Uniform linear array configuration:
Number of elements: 4
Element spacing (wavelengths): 0.75
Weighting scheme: blackman
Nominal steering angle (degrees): -60
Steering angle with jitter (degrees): -59.456
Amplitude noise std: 0.05
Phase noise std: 0.05

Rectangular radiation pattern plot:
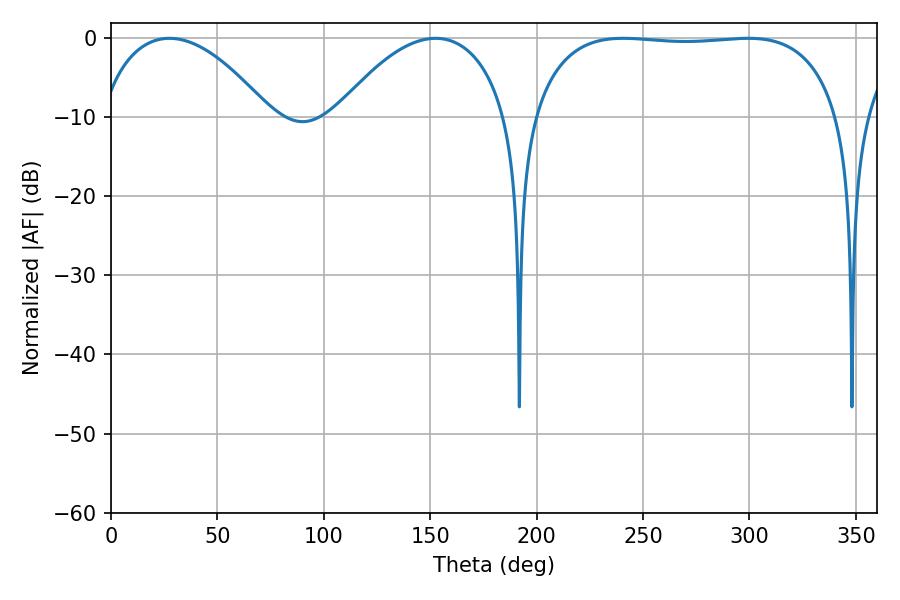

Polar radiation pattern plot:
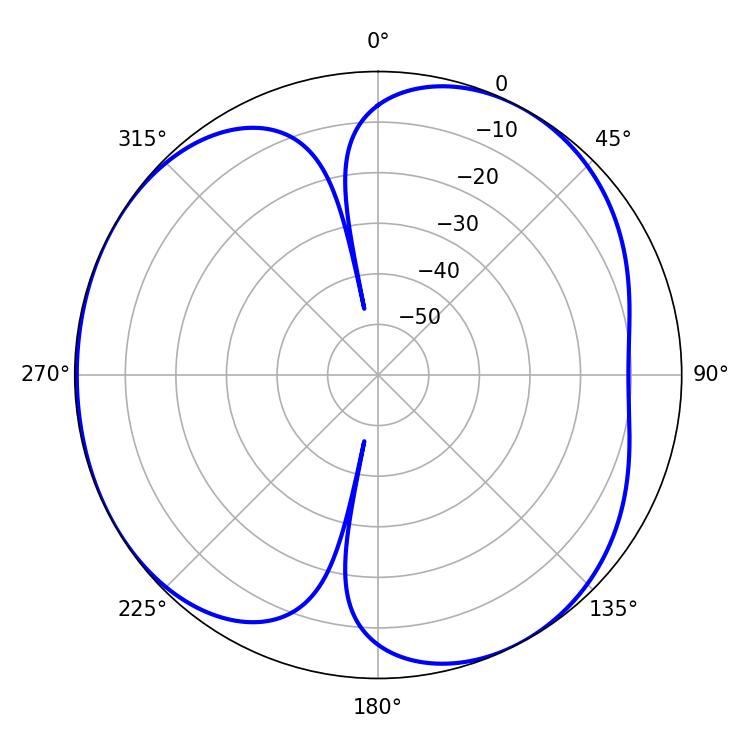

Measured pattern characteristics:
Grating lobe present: TRUE
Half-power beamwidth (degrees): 114.48
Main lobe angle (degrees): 240.66